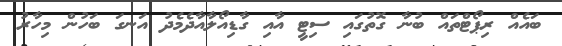
ބައެއް ރިޕޯޓްތައް ބުނާ ގޮތުގައި ސިޓީ އާއި ގާޑިއޯލާއާދެމެދު އަނގަ ބަހުން މިހާރު